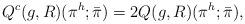
LaTeX: \begin{align*}Q^c(g,R)(\pi^h;\bar{\pi})=2 Q(g,R)(\pi^h;\bar{\pi}),\end{align*}